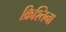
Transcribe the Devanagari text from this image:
क्रिश्तिना